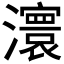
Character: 𤃆